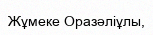
Жұмеке Оразәліұлы,